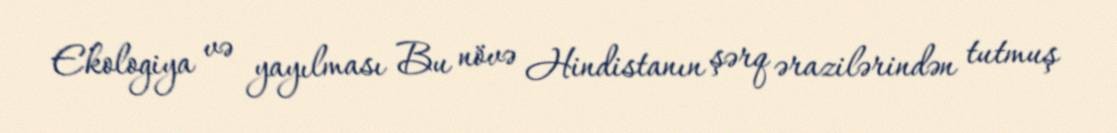
Ekologiya və yayılması Bu növə Hindistanın şərq ərazilərindən tutmuş